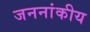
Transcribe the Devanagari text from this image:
जननांकीय